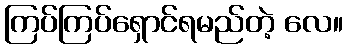
ကြပ်ကြပ်ရှောင်ရမည်တဲ့ လေ။